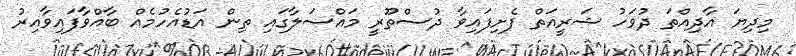
މިދިޔަ އާދިއްތަ ދުވަހު ޝަރީއަތް ފެށިފައިވާ ދުސްތޫރީ މައްސަލާގައި ތިން އަޑުއެހުމެއް ބާއްވާފައިވާއިރު